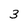
Character: 3